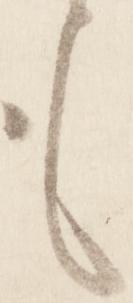
も